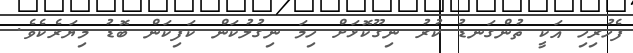
ފެހުރިހި އަކީ ތުންގަނޑު ކުރު ނިގޫކޮޅަށް ހިމަ ނިގުލުކަން ކަފިކަން ބޮޑު މިޔަރެކެވެ.